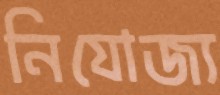
নিযোজ্য